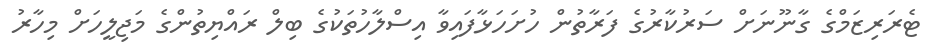
ޓެރަރިޒަމްގެ ގާނޫނަށް ސަރުކާރުގެ ފަރާތުން ހުށަހަޅާފައިވާ އިސްލާހުތަކުގެ ބިލް ރައްޔިތުންގެ މަޖިލީހަށް މިހާރު